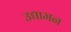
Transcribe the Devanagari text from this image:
उद्यामन